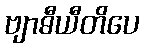
ဗျာဓီယီတိပေ